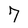
Character: 7